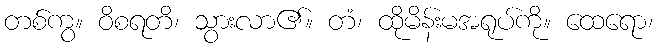
တစ်ကွ။ ဝိစရတိ၊ သွားလာ၏။ တံ၊ ထိုမိန်းမအရုပ်ကို။ ထေရော၊